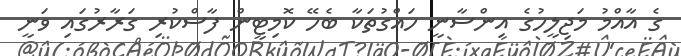
ގެ އާއްމު މަޖިލީހުގެ އިންސާނީ ހައްގުތަކާ ބެހޭ ކޮމިޓީން ފާސްކުރި ގަރާރުގައި ވަނީ